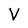
Character: V